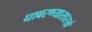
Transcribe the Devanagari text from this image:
घाबरण्यासारखे